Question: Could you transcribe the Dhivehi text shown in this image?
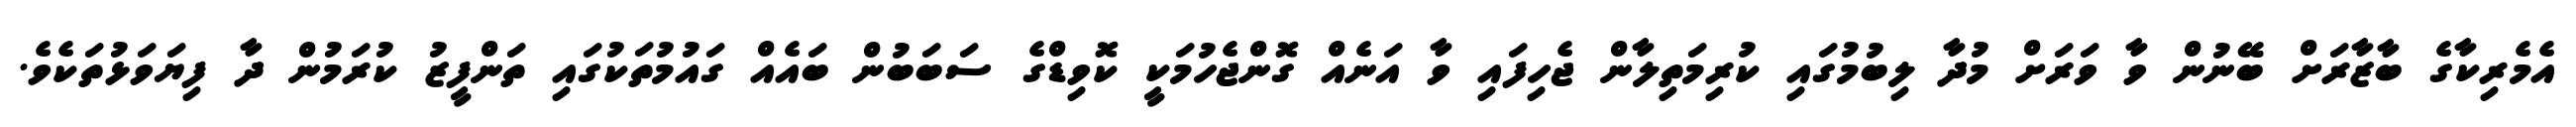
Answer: އެމެރިކާގެ ބާޒާރަށް ބޭނުން ވާ ވަރަށް މުދާ ލިބުމުގައި ކުރިމަތިލާން ޖެހިފައި ވާ އަނެއް ގޮންޖެހުމަކީ ކޮވިޑްގެ ސަބަބުން ބައެއް ގައުމުތަކުގައި ތަންފީޒު ކުރަމުން ދާ ފިޔަވަޅުތަކެވެ.